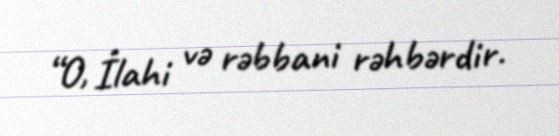
“O, İlahi və rəbbani rəhbərdir.